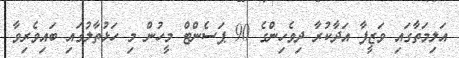
އަލިމަތާގައި ވަޒީފާ އަދާކުރާ ދިވެހިންގެ 90 ޕަސެންޓް މީހުން މި ހަޅުތާލުގައި ބައިވެރިވާ